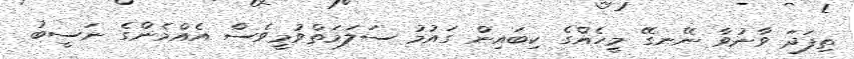
ތިފަދަ ވާނުވާ ނޭނގޭ މީހެއްގެ ކިބައިން ގައުމު ސަލަމަތްވުމީވެސް އެއްމެންގެ ނަސީބު